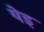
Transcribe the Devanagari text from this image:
येइ